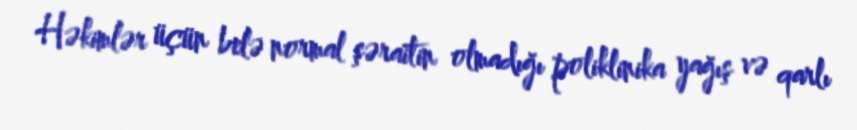
Həkimlər üçün belə normal şəraitin olmadığı poliklinika yağış və qarlı